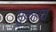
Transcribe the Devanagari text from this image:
मुकाया